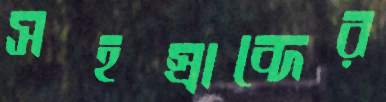
সহস্রাব্দের